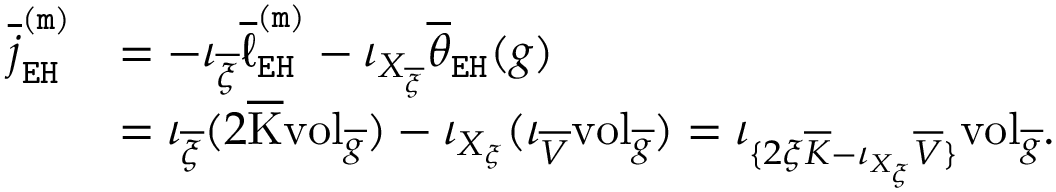
\begin{array} { r l } { \overline { { j } } _ { \mathtt { E H } } ^ { \mathtt { ( m ) } } } & { = - \iota _ { \overline { { \xi } } } \overline { { \ell } } _ { \mathtt { E H } } ^ { \mathtt { ( m ) } } - \iota _ { X _ { \overline { { \xi } } } } \overline { { \theta } } _ { \mathtt { E H } } ( g ) } \\ & { = \iota _ { \overline { { \xi } } } ( 2 \overline { { \mathrm { K } } } \mathrm { v o l } _ { \overline { { g } } } ) - \iota _ { X _ { \xi } } ( \iota _ { \overline { { V } } } \mathrm { v o l } _ { \overline { { g } } } ) = \iota _ { \{ 2 \xi \overline { { K } } - \iota _ { X _ { \xi } } \overline { { V } } \} } \mathrm { v o l } _ { \overline { { g } } } . } \end{array}